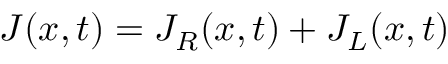
J ( x , t ) = J _ { R } ( x , t ) + J _ { L } ( x , t )